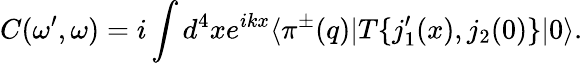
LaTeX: C(\omega^{\prime},\omega)=i\int d^{4}xe^{ikx}\langle\pi^{\pm}(q)|T\{ j_{1}^{\prime}(x),j_{2}(0)\} |0\rangle.